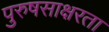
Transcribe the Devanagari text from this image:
पुरुषसाक्षरता